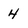
Character: 4